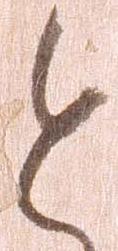
と